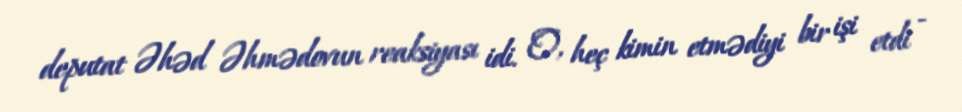
deputat Əhəd Əhmədovun reaksiyası idi. O, heç kimin etmədiyi bir işi etdi -